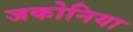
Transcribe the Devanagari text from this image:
जकोनिया